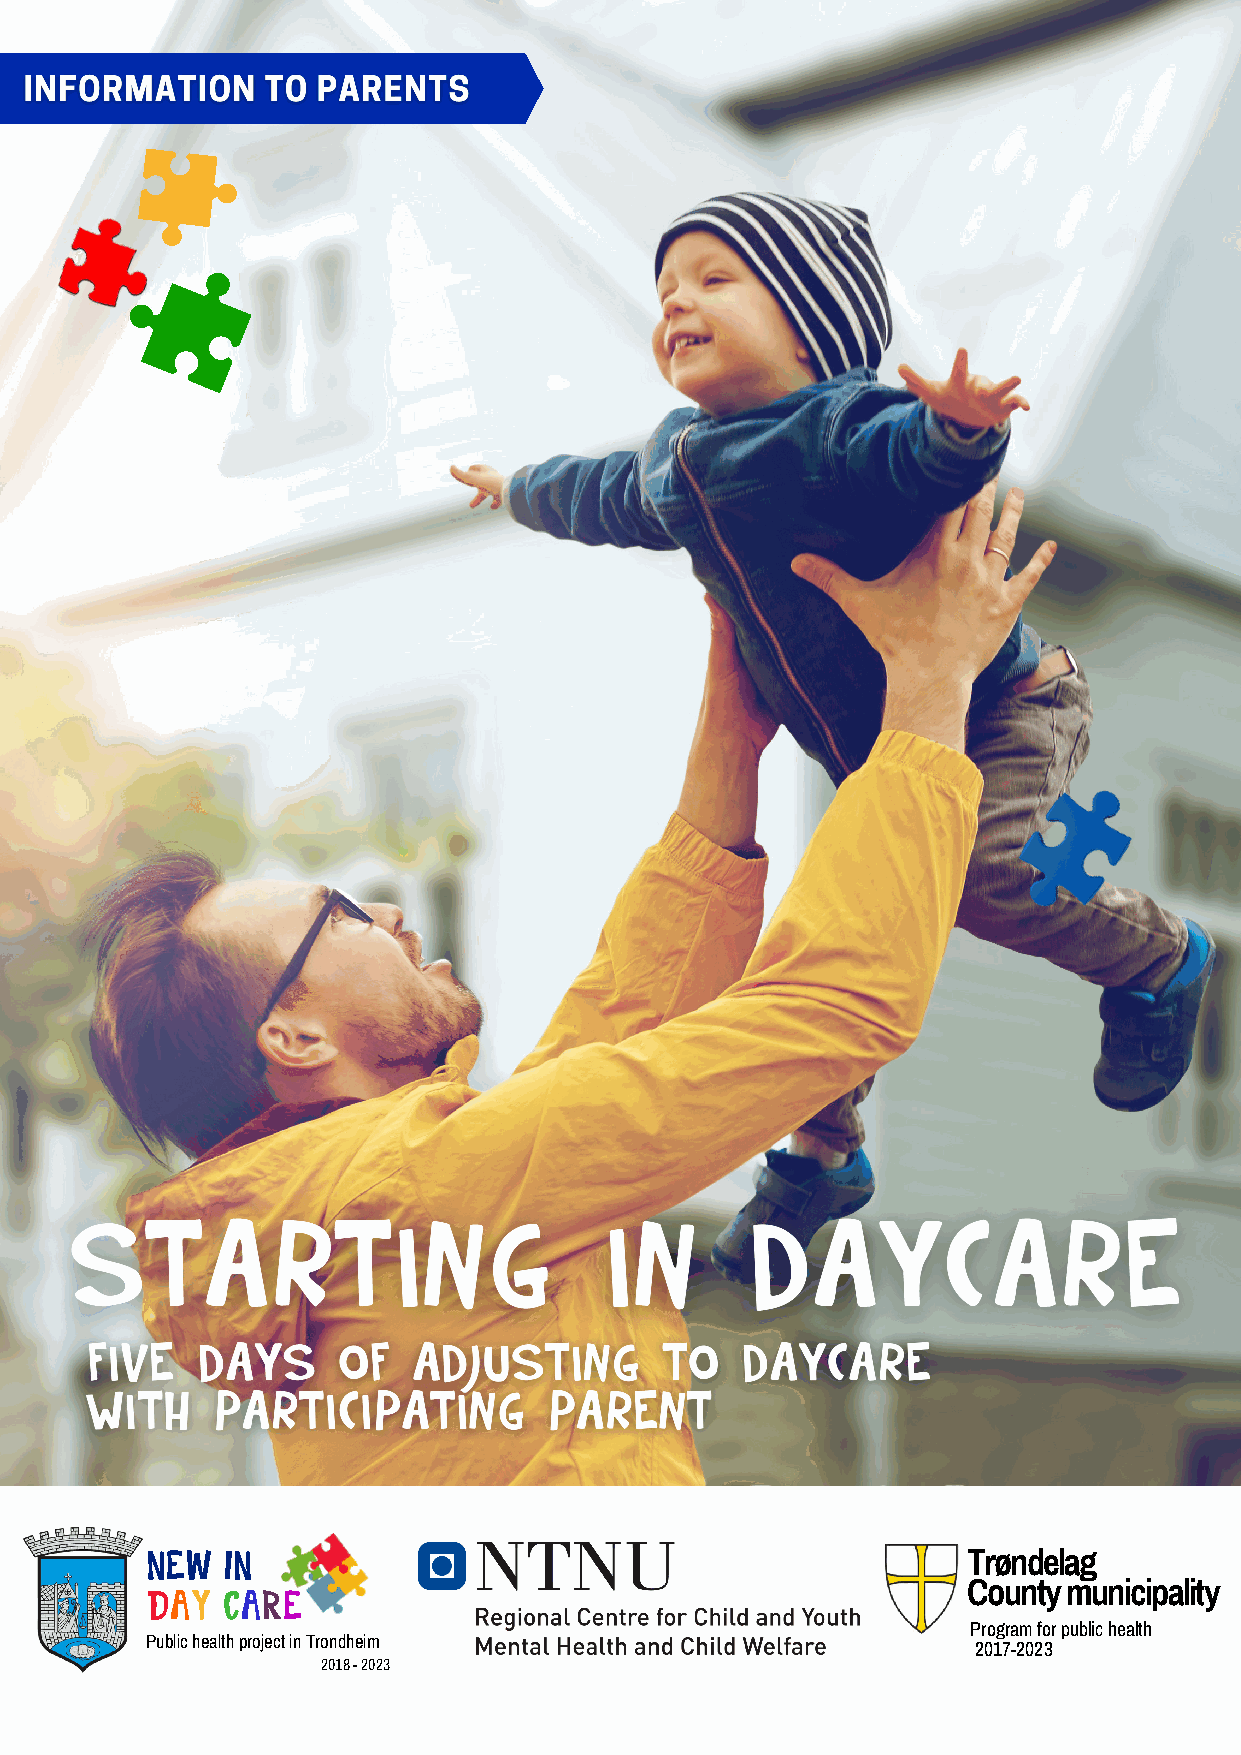
NEW  IN
 Trøndelag
 DAY  CARE                                             County municipality
 Program for public health
 Public health project in Trondheim
 2017-2023
 2018 - 2023